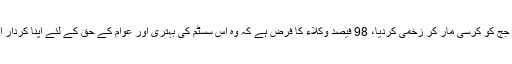
جسٹس سید مظاہرعلی اکبر نقوی کا کہنا تھا کہ وکلا کی بہتر تربیت نہیں ہورہی جڑانوالہ میں وکیل نے جج کو کرسی مار کر زخمی کردیا، 98 فیصد وکلاء کا فرض ہے کہ وہ اس سسٹم کی بہتری اور عوام کے حق کے لئے اپنا کردار ادا کریں، یہاں چند لوگ بھیٹے ہوئےعزت کررہے جو شاید اللہ کا کرم ہے ورنہ حالات بہت خراب ہیں۔